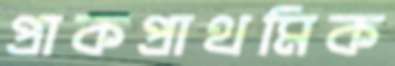
প্রাকপ্রাথমিক